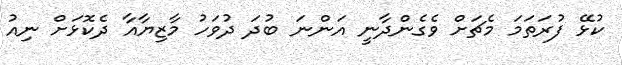
ކުޅޭ ފުރަތަމަ މެޗަށް ވެގެންދާނީ އަންނަ ބުދަ ދުވަހު މާޒިޔާއާ ދެކޮޅަށް ނިއު